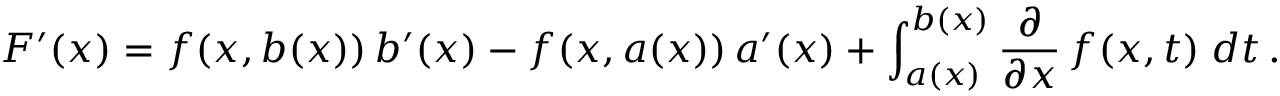
F ^ { \prime } ( x ) = f ( x , b ( x ) ) \, b ^ { \prime } ( x ) - f ( x , a ( x ) ) \, a ^ { \prime } ( x ) + \int _ { a ( x ) } ^ { b ( x ) } { \frac { \partial } { \partial x } } \, f ( x , t ) \; d t \, .